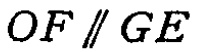
$OF \parallel GE$